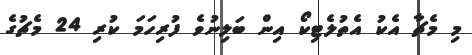
މި މެޗާ އެކު އެތުލެޓިކޯ އިން ބަލިނުވެ ފުރިހަމަ ކުރި 24 މެޗުގެ